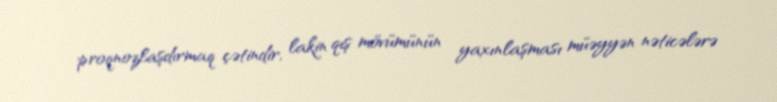
proqnozlaşdırmaq çətindir, lakin qış mövümünün yaxınlaşması müəyyən nəticələrə